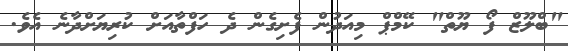
"ބްލޫޒް ފޯ ޔޫތް" ކޭމްޕް މިއަދުން ފެށިގެން ދެ ހަފްތާއަށް ކުރިޔަށްދާނެ އެވެ.